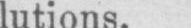
lutions.